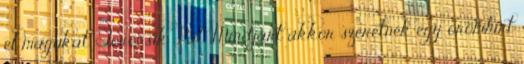
el magukat. Törőcsik Pál: Mindjárt akkor szeretnék egy örömhírt